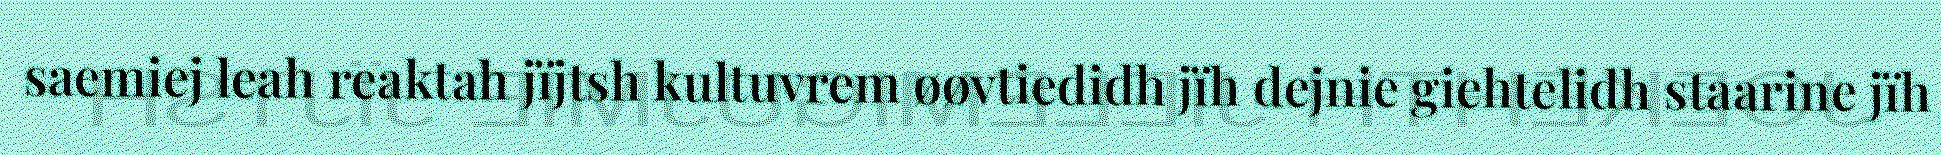
saemiej leah reaktah jïjtsh kultuvrem øøvtiedidh jïh dejnie giehtelidh staarine jïh